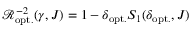
{ \mathcal { R } } _ { \mathrm { o p t . } } ^ { - 2 } ( \gamma , J ) = 1 - \delta _ { \mathrm { o p t . } } S _ { 1 } ( \delta _ { \mathrm { o p t . } } , J )